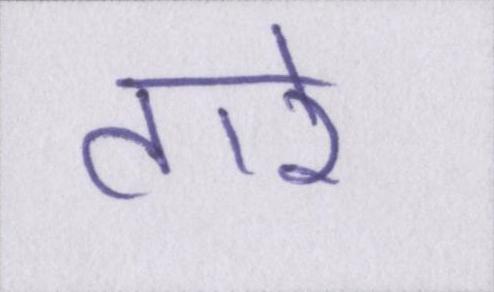
तारे